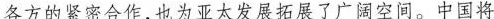
各方的紧密合作，也为亚太发展拓展了广阔空间。中国将